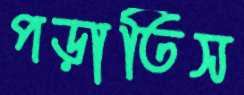
পড়াতিস